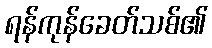
ရန်ကုန်ခေတ်သစ်၏